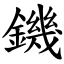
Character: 鐖